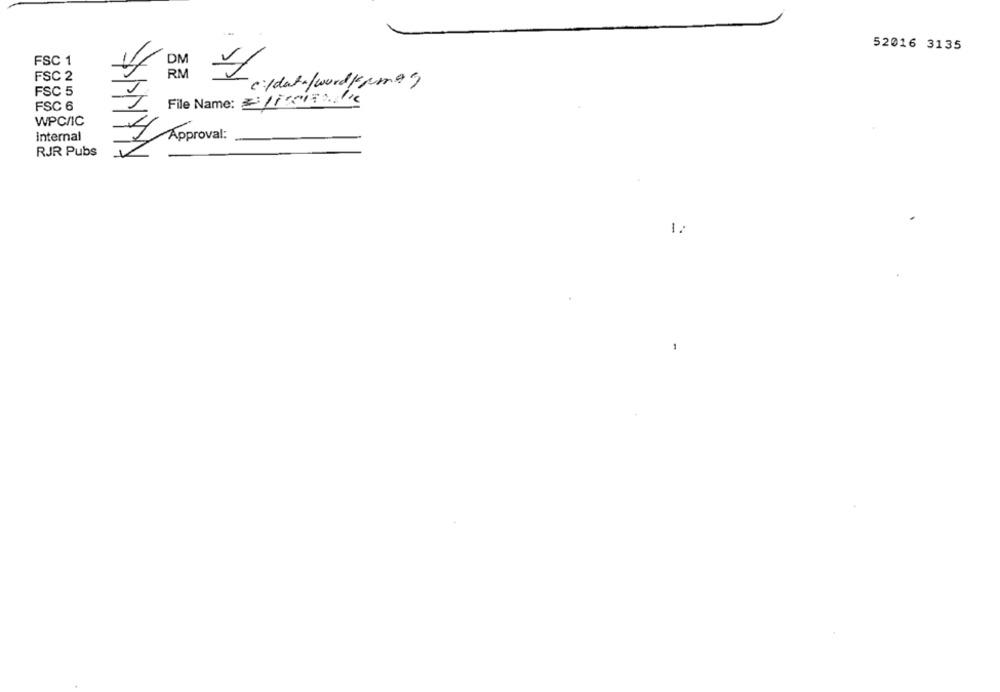
52016 3135
FSC 1
DM
RM
1
FSC 2
c:/data/wordkama9
FSC 5
File Name: 21is532//
FSC 6
WPC/IC
internal
Approval:
RJR Pubs
1.